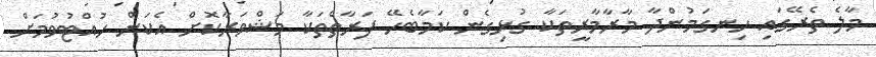
މާލެ ތެރޭގައި ހިނގަމުންދާ މާރާމާރީތަކާ ގުޅިގެން ކަމާބެހޭ ފަރާތްތަކާ މަޝްވަރާކޮށް އެކަން ހުއްޓުވުމަށް